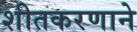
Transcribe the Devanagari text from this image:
शीतकरणाने